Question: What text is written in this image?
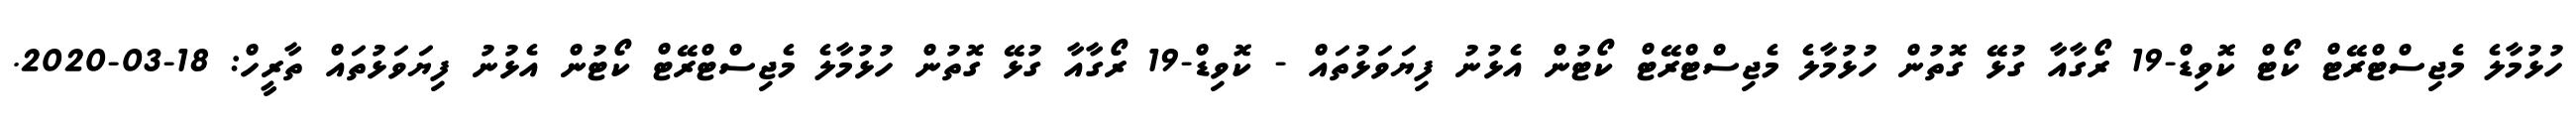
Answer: ހުޅުމާލެ މެޖިސްޓްރޭޓް ކޯޓް ކޮވިޑް-19 ރޯގާއާ ގުޅޭ ގޮތުން ހުޅުމާލެ މެޖިސްޓްރޭޓް ކޯޓުން އެޅުނު ފިޔަވަޅުތައް - ކޮވިޑް-19 ރޯގާއާ ގުޅޭ ގޮތުން ހުޅުމާލެ މެޖިސްޓްރޭޓް ކޯޓުން އެޅުނު ފިޔަވަޅުތައް ތާރީހް: 18-03-2020.